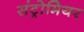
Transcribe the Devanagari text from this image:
संट्रोमियर